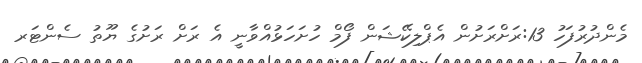
މެެންދުރުފަހު 13:ރަށްރަށުން އެޕްލިކޭޝަން ފޯމް ހުށަހަޅުއްވާނީ އެ ރަށް ރަށުގެ ޔޫތު ސެންޓަރ